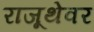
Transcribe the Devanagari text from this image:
राजूथेवर